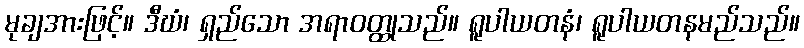
မုချအားဖြင့်။ ဒီဃံ၊ ရှည်သော အရာဝတ္ထုသည်။ ရူပါယတနံ၊ ရူပါယတနမည်သည်။